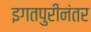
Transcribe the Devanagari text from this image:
इगतपुरीनंतर